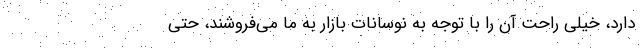
دارد، خیلی راحت آن را با توجه به نوسانات بازار به ما می‌فروشند، حتی